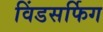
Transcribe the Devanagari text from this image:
विंडसर्फिग